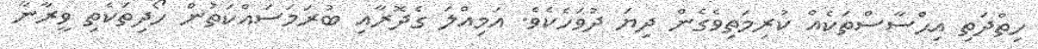
ހިތްދަތި އިޙްސާސްތަކެއް ކުރިމަތިވެގެން ދިޔަ ދުވަހެކެވެ. އަމިއްލަ ގެދޮރާއި ބުރަމަސައްކަތުން ހޯދިތަކެތި ވީރާނާ